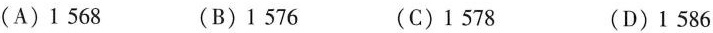
(A)1 568 (B)1 576 (C)1 578 (D)1 586